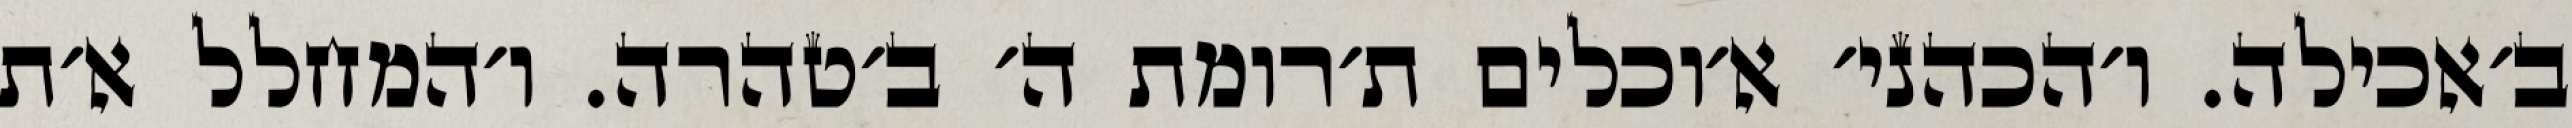
ב׳אכילה. ו׳הכהני׳ א׳וכלים ת׳רומת ה׳ ב׳טהרה. ו׳המחלל א׳ת